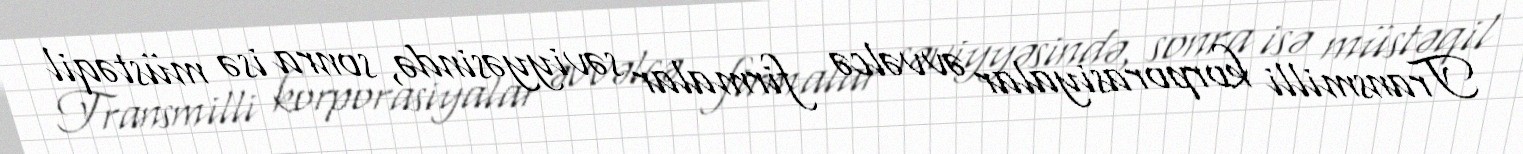
Transmilli korporasiyalar əvvəlcə firmalar səviyyəsində, sonra isə müstəqil